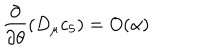
LaTeX: \frac { \partial } { \partial \theta } ( D _ { \mu } c _ { 5 } ) = O ( \alpha )